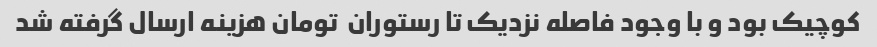
کوچیک بود و با وجود فاصله نزدیک تا رستوران  تومان هزینه ارسال گرفته شد